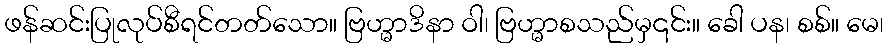
ဖန်ဆင်းပြုလုပ်စီရင်တတ်သော။ ဗြဟ္မာဒိနာ ဝါ၊ ဗြဟ္မာစသည်မှ၎င်း။ ခေါ ပန၊ စစ်။ မေ၊